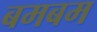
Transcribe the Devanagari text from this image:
बमबम